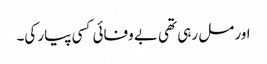
اور مل رہی تھی بے وفائی کسی پیار کی۔